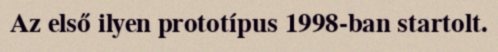
Az első ilyen prototípus 1998-ban startolt.